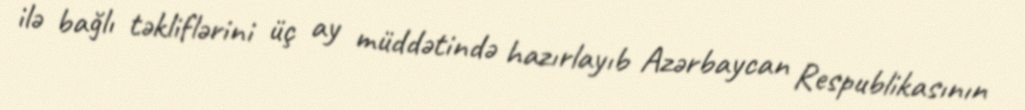
ilə bağlı təkliflərini üç ay müddətində hazırlayıb Azərbaycan Respublikasının